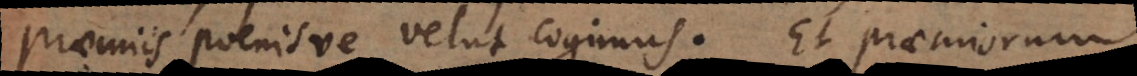
praemiis poenisve velut cogimus. Et praemiorum